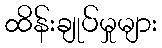
ထိန်းချုပ်မှုများ